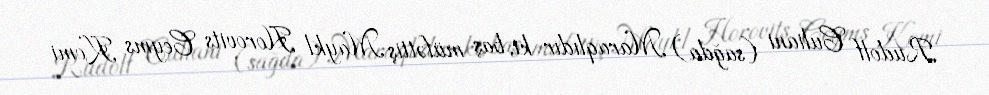
Rudolf Culiani (sağda) Maraqlıdır ki, baş müfəttiş Maykl Horovits Ceyms Komi